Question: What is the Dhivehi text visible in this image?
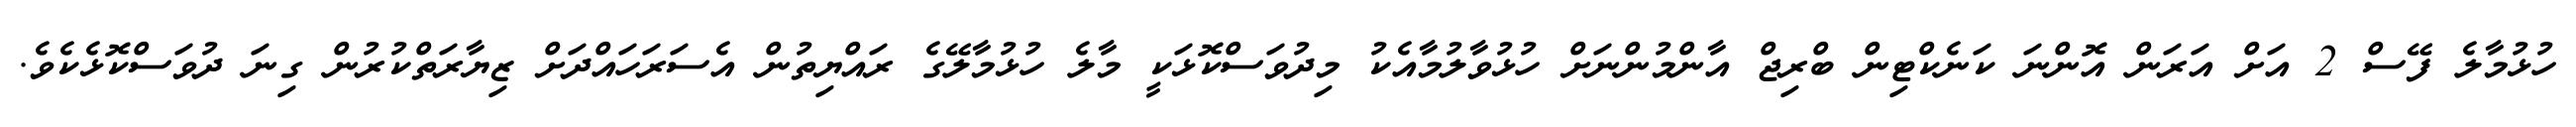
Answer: ހުޅުމާލެ ފޭސް 2 އަށް އަރަން އޮންނަ ކަނެކްޓިން ބްރިޖް އާންމުންނަށް ހުޅުވާލުމާއެކު މިދުވަސްކޮޅަކީ މާލެ ހުޅުމާލޭގެ ރައްޔިތުން އެސަރަހައްދަށް ޒިޔާރަތްކުރުން ގިނަ ދުވަސްކޮޅެކެވެ.